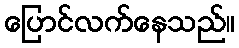
ပြောင်လက်နေသည်။